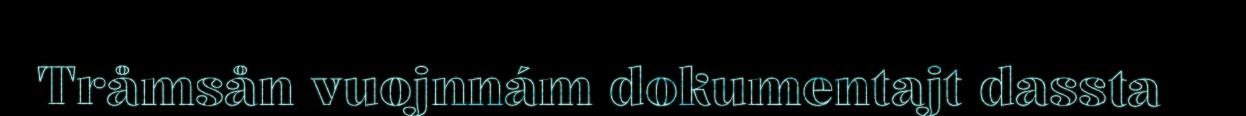
Tråmsån vuojnnám dokumentajt dassta